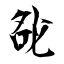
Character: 夞